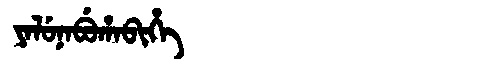
Manchu: ᠶᠠᠯᡠᠨᠠᠪᡠᡥᠠᠪᡳᡥᡝ
Romanization: YALUNABUHABIHE